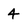
Character: 4